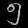
Digit: ၅